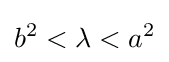
b^{2}<\lambda <a^{2}